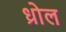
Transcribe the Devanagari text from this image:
ध्रोल